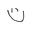
Letter: _ta